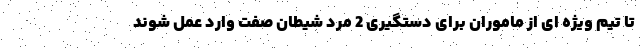
تا تیم ویژه ای از ماموران برای دستگیری 2 مرد شیطان صفت وارد عمل شوند